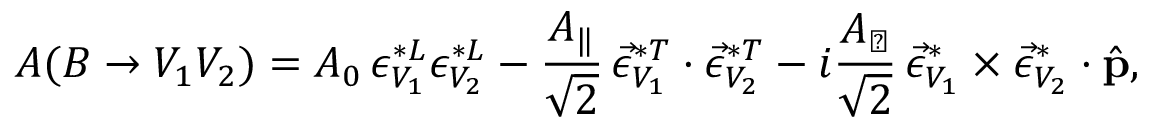
A ( B \to V _ { 1 } V _ { 2 } ) = A _ { 0 } \, { \epsilon } _ { V _ { 1 } } ^ { * L } { \epsilon } _ { V _ { 2 } } ^ { * L } - \frac { A _ { \| } } { \sqrt { 2 } } \, \vec { \epsilon } _ { V _ { 1 } } ^ { * T } \cdot \vec { \epsilon } _ { V _ { 2 } } ^ { * T } - i \frac { A _ { \perp } } { \sqrt { 2 } } \, \vec { \epsilon } _ { V _ { 1 } } ^ { * } \times \vec { \epsilon } _ { V _ { 2 } } ^ { * } \cdot \hat { \bf p } ,